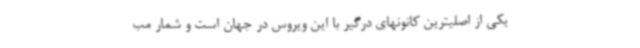
یکی از اصلیترین کانونهای درگیر با این ویروس در جهان است و شمار مب